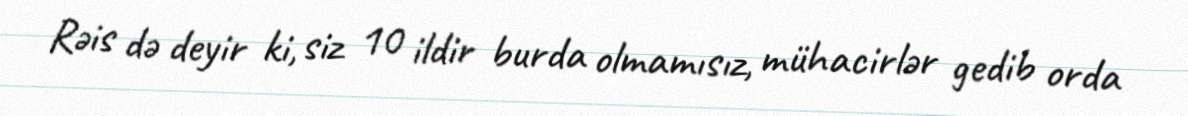
Rəis də deyir ki, siz 10 ildir burda olmamısız, mühacirlər gedib orda